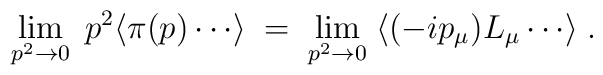
\lim_{p^2 \to 0} \; p^2 \langle \pi (p) \cdots \rangle \;=\;\lim_{p^2 \to 0} \; \langle (- i p_{\mu}) L_{\mu} \cdots \rangle \;.